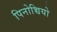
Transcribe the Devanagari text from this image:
पिनोच्चियो